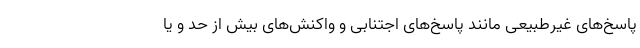
پاسخ‌های غیرطبیعی مانند پاسخ‌های اجتنابی و واکنش‌های بیش از حد و یا